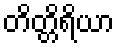
တိတ္တိရိယာ